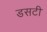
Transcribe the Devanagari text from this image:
डसटी